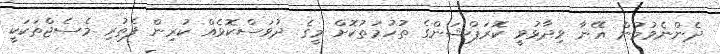
ދެންނެވުމުން އޭނާ ވިދާޅުވީ ކޮރަޕްޝަންގެ ތުހުމަތުކޮށް މީގެ ދުވަސްކޮޅެއް ކުރިން ފެތުރި މެސެޖްތަކަކީ